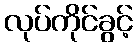
လုပ်ကိုင်ခွင့်